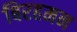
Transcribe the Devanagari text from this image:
बिरहमन